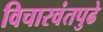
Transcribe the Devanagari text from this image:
विचारवंतपुढे